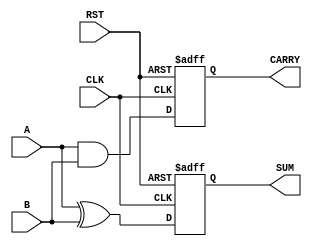
module sequential_half_adder (
    input wire A,          // First input bit
    input wire B,          // Second input bit
    input wire CLK,        // Clock signal
    input wire RST,        // Reset signal
    output reg SUM,        // Sum output
    output reg CARRY       // Carry output
);

// Internal state registers to hold previous sum and carry
reg prev_sum;
reg prev_carry;

// Sequential behavior
always @(posedge CLK or posedge RST) begin
    if (RST) begin
        // Reset state registers to zero
        prev_sum <= 1'b0;
        prev_carry <= 1'b0;
        SUM <= 1'b0;
        CARRY <= 1'b0;
    end else begin
        // Compute current sum and carry
        SUM <= A ^ B;                // Sum: XOR operation
        CARRY <= A & B;              // Carry: AND operation
        
        // Store the current values in the previous state registers
        prev_sum <= SUM;
        prev_carry <= CARRY;
    end
end

endmodule